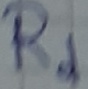
Text: Rd